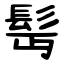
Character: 髩